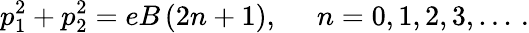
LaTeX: p_{1}^{2}+p_{2}^{2}=eB\left(2n+1\right),\, \, \, \, \, \, \, \, n=0,1,2,3,...\, .